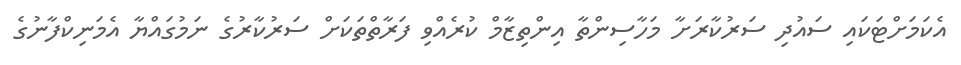
އެކަމަށްޓަކައި ސައުދި ސަރުކާރަށާ މަހާސިންތާ އިންތިޒާމް ކުރެއްވި ފަރާތްތަކަށް ސަރުކާރުގެ ނަމުގައްޔާ އެމަނިކްފާނުގެ